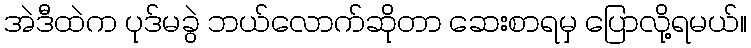
အဲဒီထဲက ပုဒ်မခွဲ ဘယ်လောက်ဆိုတာ ဆေးစာရမှ ပြောလို့ရမယ်။